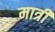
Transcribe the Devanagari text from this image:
मात्री